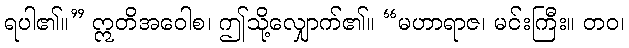
ရပါ၏။” ဣတိအဝေါစ၊ ဤသို့လျှောက်၏။ “မဟာရာဇ၊ မင်းကြီး။ တဝ၊